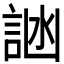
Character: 𬢩